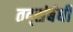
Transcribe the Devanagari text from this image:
तद्संबंधी